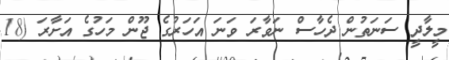
މީލާދީ ސަނަތުން ދެހާސް ނަވާރަ ވަނަ އަހަރުގެ ޖޫން މަހުގެ އަށާރަ (18